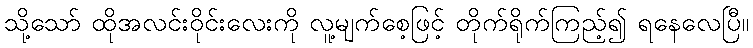
သို့သော် ထိုအလင်းဝိုင်းလေးကို လူ့မျက်စေ့ဖြင့် တိုက်ရိုက်ကြည့်၍ ရနေလေပြီ။